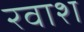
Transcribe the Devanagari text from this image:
रवाश